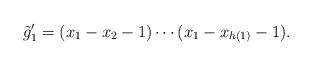
LaTeX: \begin{align*}\begin{aligned}\tilde{g}'_1&=(x_1-x_2 -1)\cdots (x_1-x_{h(1)} -1).\end{aligned}\end{align*}